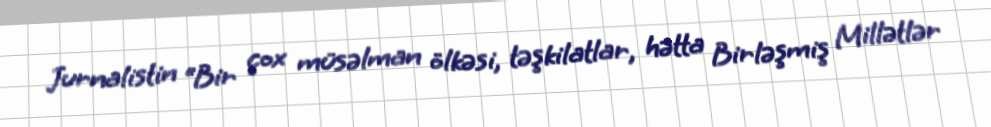
Jurnalistin “Bir çox müsəlman ölkəsi, təşkilatlar, hətta Birləşmiş Millətlər